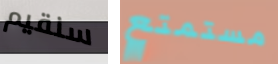
سنقيم مستمتع